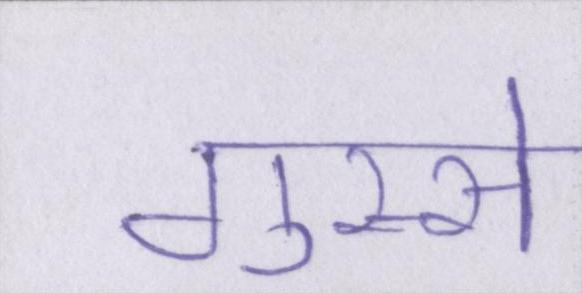
गुस्से